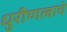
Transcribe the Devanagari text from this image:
धुरीणत्वाचे